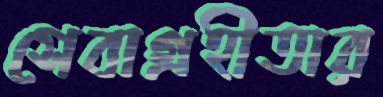
সেবাগ্রহীতার